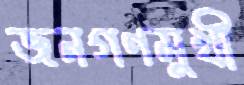
জনগণমুখী